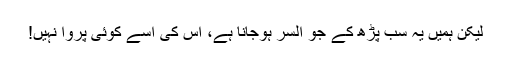
لیکن ہمیں یہ سب پڑھ کے جو السر ہوجانا ہے، اس کی اسے کوئی پروا نہیں!